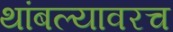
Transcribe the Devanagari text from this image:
थांबल्यावरच